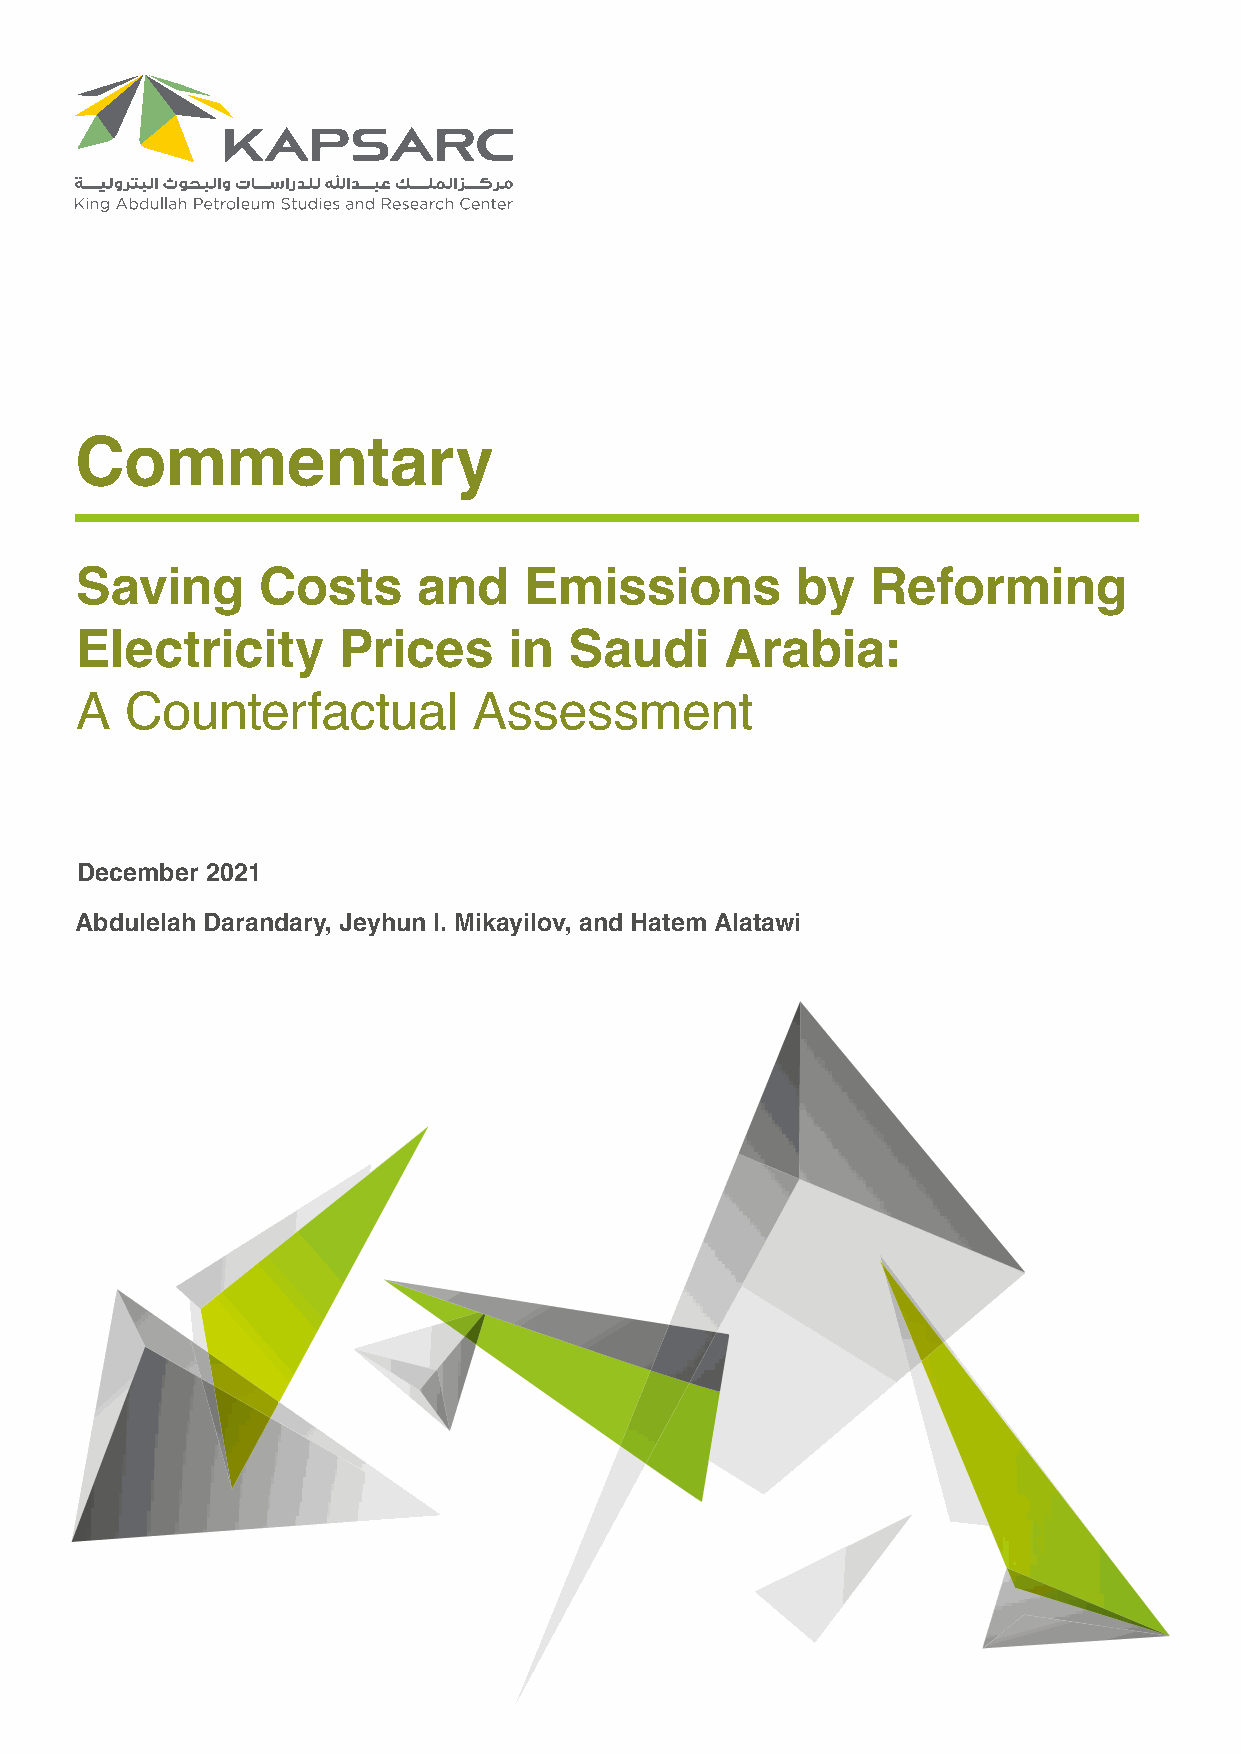
Commentary
 Saving      Costs      and    Emissions         by   Reforming
 Electricity      Prices      in  Saudi     Arabia:
 A  Counterfactual         Assessment
 December 2021
 Abdulelah Darandary, Jeyhun I. Mikayilov, and Hatem Alatawi